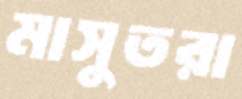
মাসুতরা